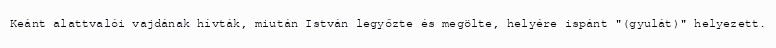
Keánt alattvalói vajdának hívták, miután István legyőzte és megölte, helyére ispánt "(gyulát)" helyezett.